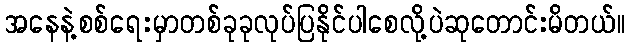
အနေနဲ့စစ်ရေးမှာတစ်ခုခုလုပ်ပြနိုင်ပါစေလို့ပဲဆုတောင်းမိတယ်။